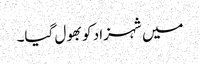
میں شہزاد کو بھول گیا۔